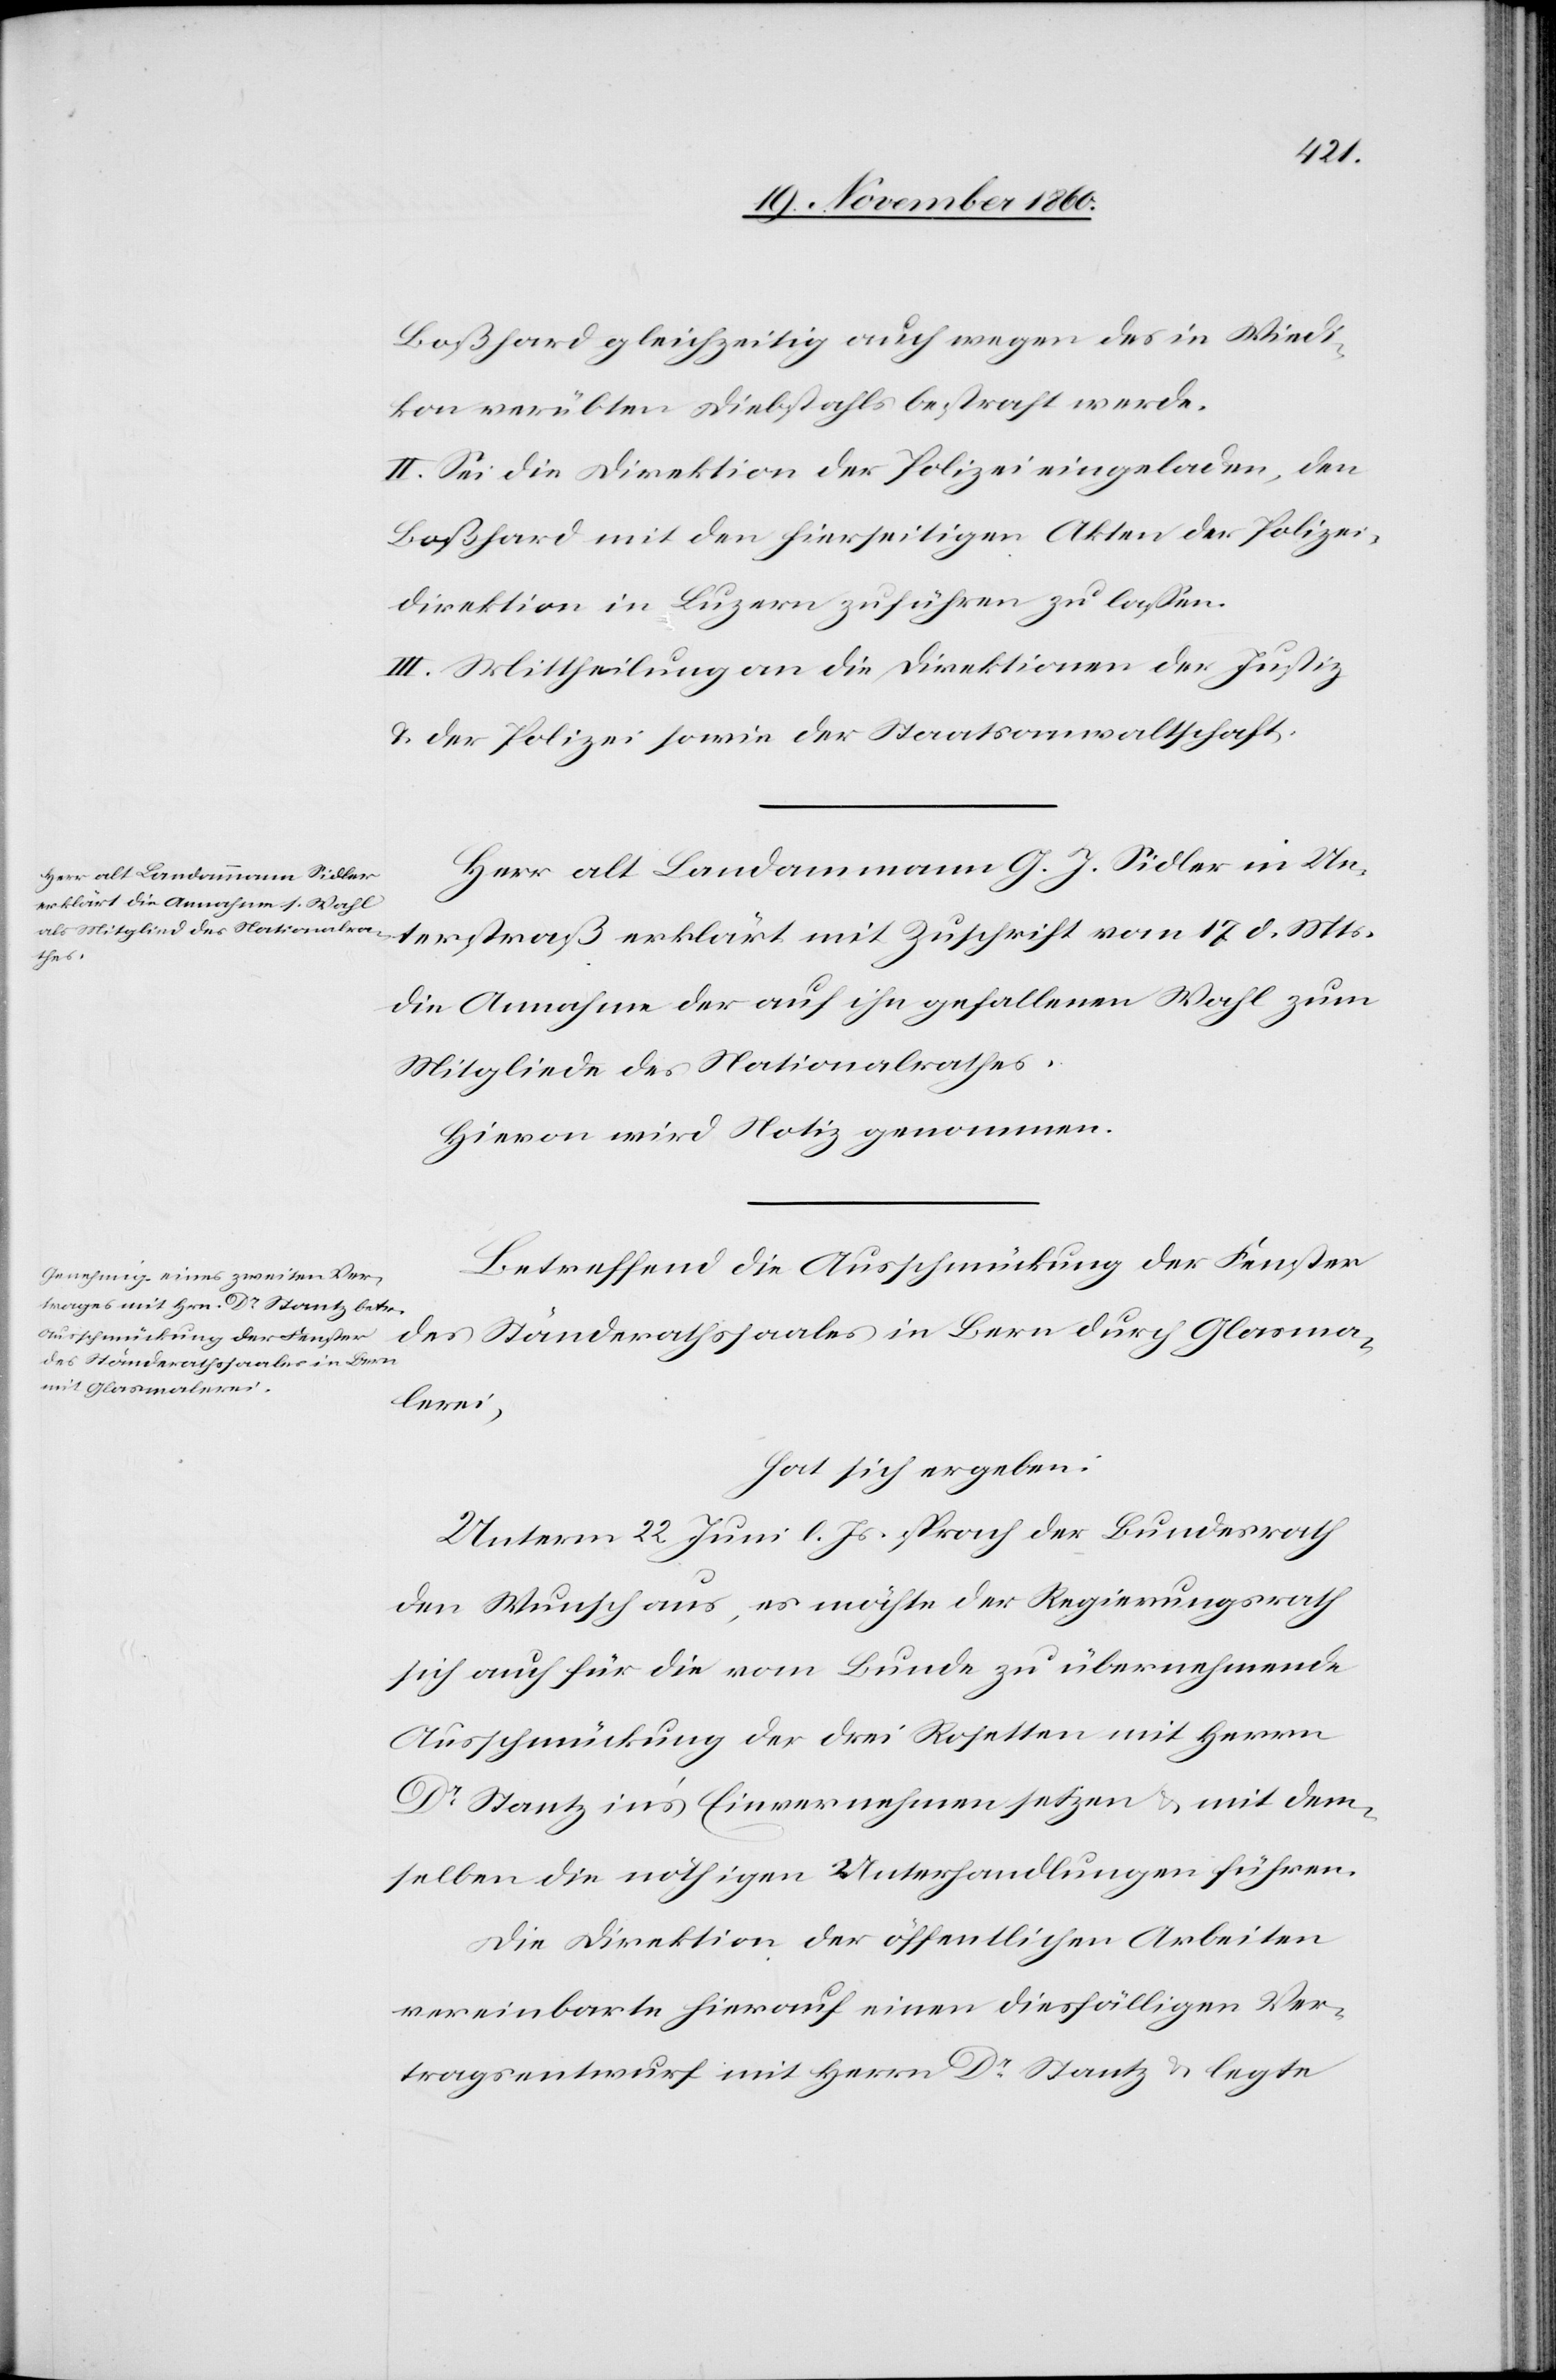
Boßhard gleichzeitig auch wegen des in Wiedi¬
kon verübten Diebstahls bestraft werde.
II. Sei die Direktion der Polizei eingeladen, den
Boßhard mit den hierseitigen Akten der Polizei¬
direktion in Luzern zuführen zu lassen.
III. Mittheilung an die Direktionen der Justiz
u. der Polizei sowie der Staatsanwaltschaft.
Herr alt Landammann G. J. Sidler in Un¬
terstraß erklärt mit Zuschrift vom 17. d. Mts.
die Annahme der auf ihn gefallenen Wahl zum
Mitgliede des Nationalrathes.
Hievon wird Notiz genommen.
Betreffend die Ausschmückung der Fenster
des Ständerathssaales in Bern durch Glasma¬
lerei,
hat sich ergeben:
Unterm 22. Juni l. Js. sprach der Bundesrath
den Wunsch aus, es möchte der Regierungsrath
sich auch für die vom Bunde zu übernehmende
Ausschmückung der drei Rosetten mit Herrn
Dr Stantz in’s Einvernehmen setzten u. mit dem¬
selben die nöthigen Unterhandlungen führen.
Die Direktion der öffentlichen Arbeiten
vereinbarte hierauf einen diesfälligen Ver¬
tragsentwurf mit Herrn Dr Stantz u. legte